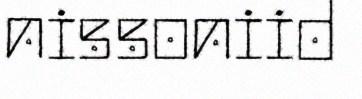
nissoniid